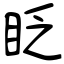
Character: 眨